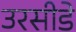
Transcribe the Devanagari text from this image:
उरसीडे